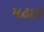
મઢાર